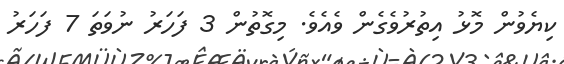
ކިޔެވުން މޮޅު އިތުރުވެގެން ވެއެވެ. މިގޮތުން 3 ފަހަރު ނުވަތަ 7 ފަހަރު